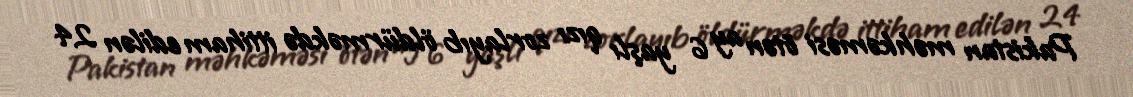
Pakistan məhkəməsi ötən ay 6 yaşlı qızı zorlayıb öldürməkdə ittiham edilən 24